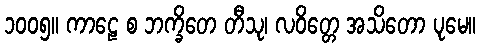
၁၀၀၅။ ကာဠေ စ ဘက္ခိတေ တီသု၊ လဝိတ္တေ အသိတော ပုမေ။